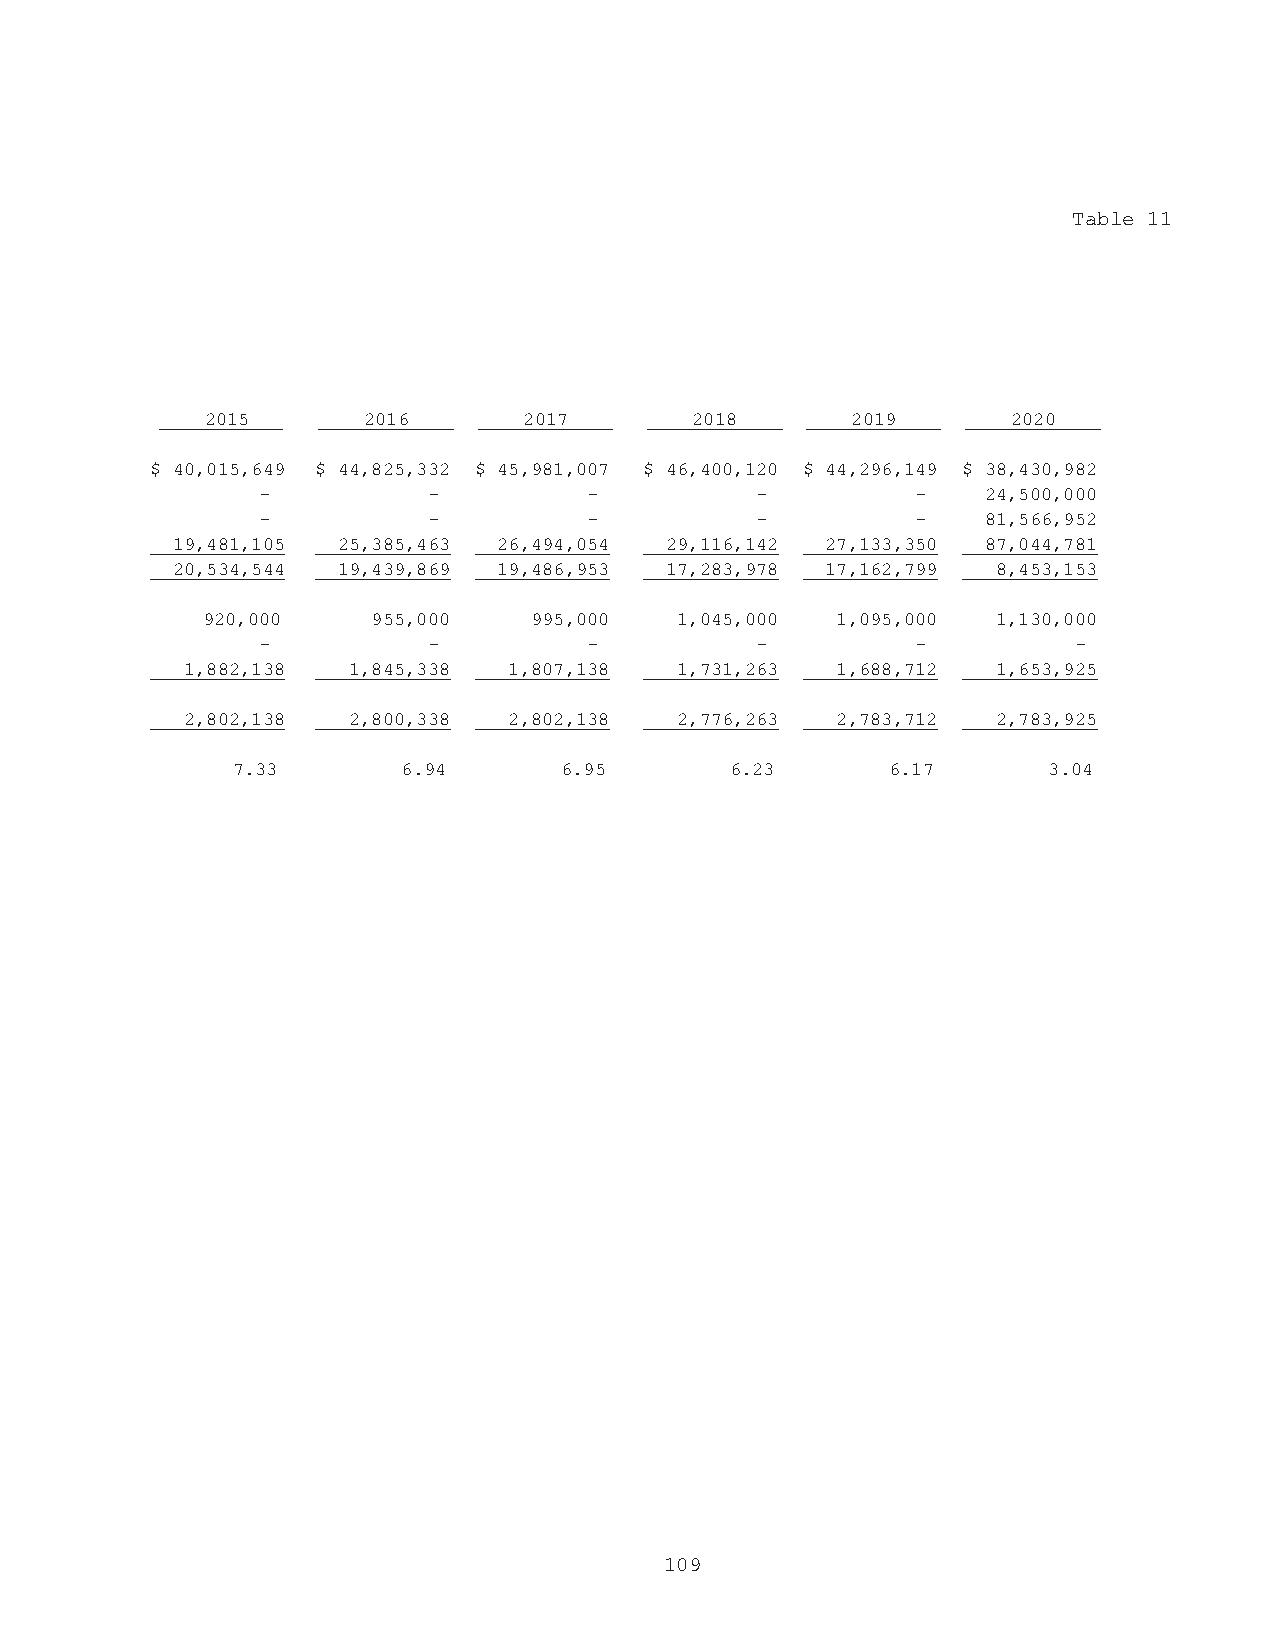
Table 11
 2015      2016       2017       2018      2019       2020
 $ 40,015,649 $ 44,825,332 $ 45,981,007 $ 46,400,120 $ 44,296,149 $ 38,430,982
 -          -          -          -          -   24,500,000
 -          -          -          -          -   81,566,952
 19,481,105 25,385,463 26,494,054 29,116,142 27,133,350 87,044,781
 20,534,544 19,439,869 19,486,953 17,283,978 17,162,799 8,453,153
 920,000     955,000   995,000   1,045,000 1,095,000  1,130,000
 -          -          -          -          -         -
 1,882,138  1,845,338  1,807,138  1,731,263 1,688,712  1,653,925
 2,802,138  2,800,338  2,802,138  2,776,263 2,783,712  2,783,925
 7.33        6.94      6.95       6.23       6.17      3.04
 109